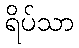
ရိပ်သာ